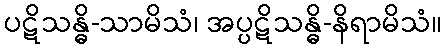
ပဋိသန္ဓိ-သာမိသံ၊ အပ္ပဋိသန္ဓိ-နိရာမိသံ။